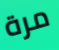
مرة